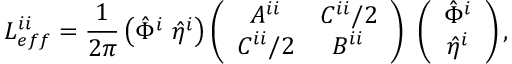
L _ { e f f } ^ { i i } = \frac { 1 } { 2 \pi } \left( \hat { \Phi } ^ { i } ~ \hat { \eta } ^ { i } \right) \left( \begin{array} { c c } { { A ^ { i i } } } & { { C ^ { i i } / 2 } } \\ { { C ^ { i i } / 2 } } & { { B ^ { i i } } } \end{array} \right) ~ \left( \begin{array} { c } { { \hat { \Phi } ^ { i } } } \\ { { \hat { \eta } ^ { i } } } \end{array} \right) ,